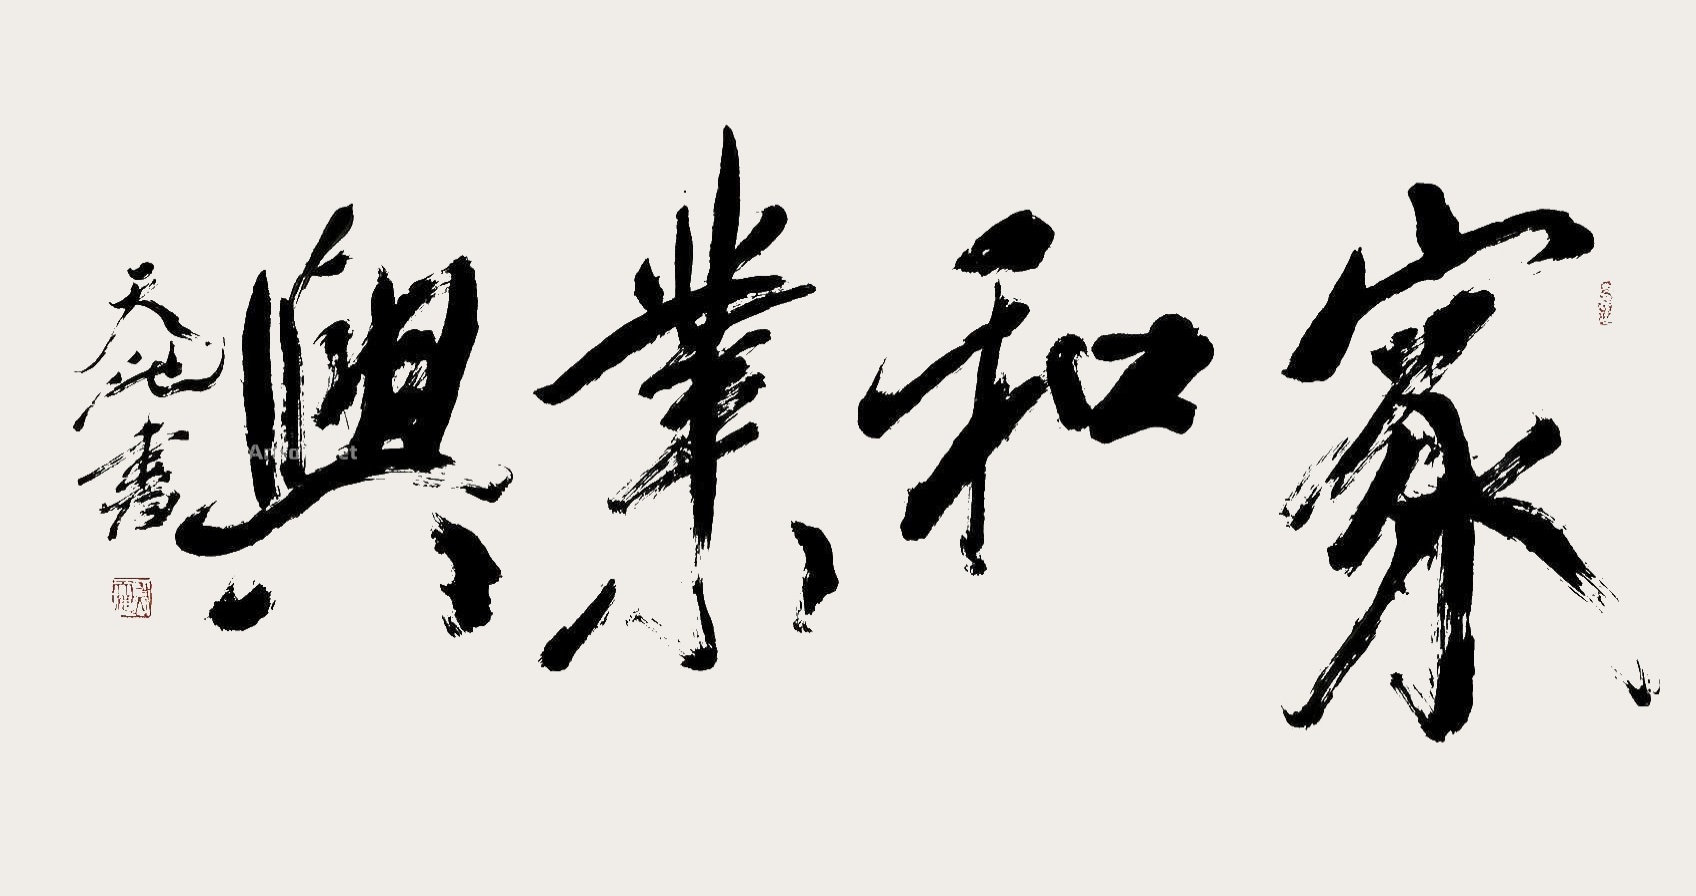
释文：家和业兴尉天池